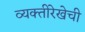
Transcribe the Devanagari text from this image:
व्यक्तीरेखेची